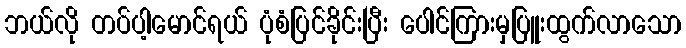
ဘယ်လို တပ်ပါ့မောင်ရယ် ပုံစံပြင်ခိုင်းပြီး ပေါင်ကြားမှပြူးထွက်လာသော